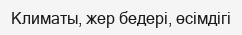
Климаты, жер бедері, өсімдігі